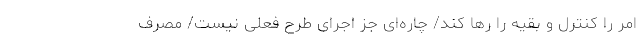
امر را کنترل و بقیه را رها کند/ چاره‌ای جز اجرای طرح فعلی نیست/ مصرف